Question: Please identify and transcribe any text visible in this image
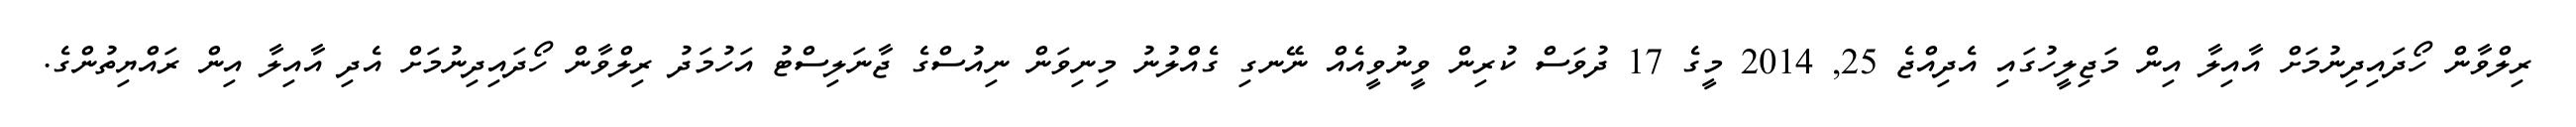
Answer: ރިލްވާން ހޯދައިދިނުމަށް އާއިލާ އިން މަޖިލީހުގައި އެދިއްޖެ 25, 2014 މީގެ 17 ދުވަސް ކުރިން ވީނުވީއެއް ނޭނގި ގެއްލުނު މިނިވަން ނިއުސްގެ ޖާނަލިސްޓު އަހުމަދު ރިލްވާން ހޯދައިދިނުމަށް އެދި އާއިލާ އިން ރައްޔިތުންގެ.